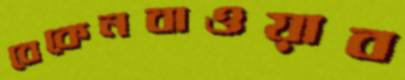
বেকেনবাওয়াব